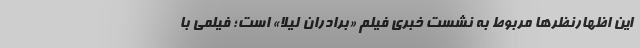
این اظهارنظرها مربوط به نشست خبری فیلم «برادران لیلا» است؛ فیلمی با